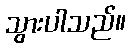
သွားပါသည်။